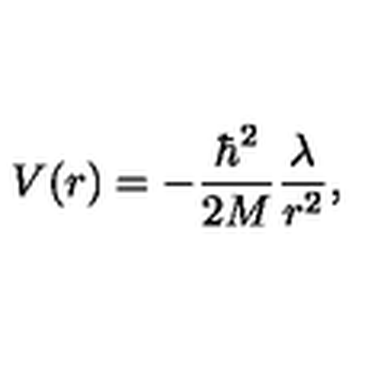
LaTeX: V ( r ) = - \frac { \hbar ^ { 2 } } { 2 M } \frac { \lambda } { r ^ { 2 } } ,